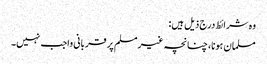
وہ شرائط درج ذیل ہیں:
مسلمان ہونا، چنانچہ غیرمسلم پر قربانی واجب نہیں۔